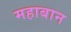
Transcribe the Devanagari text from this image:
महाबान